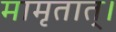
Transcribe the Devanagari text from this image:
मामृतात्‌।